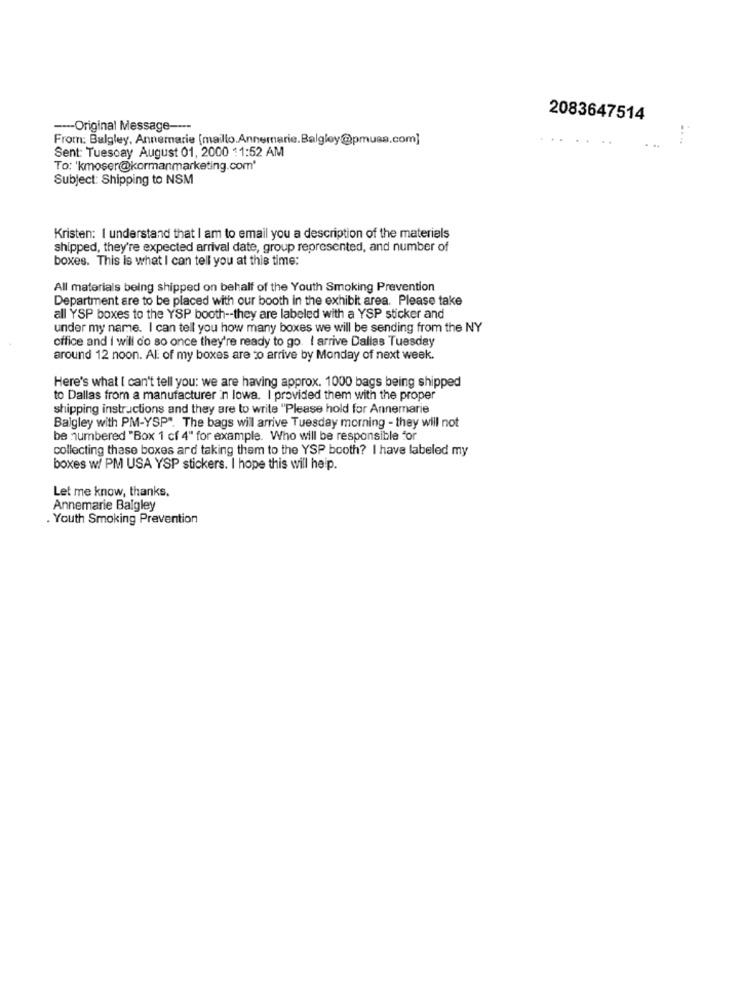
2083647514
---- Original Message ----
From: Balgley, Annemarie [mailto.Annemarie.Balgley@pmusa.com]
Sent: Tuesday August 01, 2000 $1:52 AM
To: 'kmoser@kormanmarketing.com'
Subject: Shipping to NSM
Kristen: I understand that I am to email you a description of the materials
shipped, they're expected arrival date, group represented, and number of
boxes. This Is what I can tell you at this time:
All materials being shipped on behalf of the Youth Smoking Prevention
Department are to be placed with our booth in the exhibit area. Please take
all YSP boxes to the YSP booth -- they are labeled with a YSP sticker and
under my name. I can tell you how many boxes we will be sending from the NY
office and I will do so once they're ready to go. I arrive Dallas Tuesday
around 12 noon. Al of my boxes are to arrive by Monday of next week.
Here's what I can't tell you: we are having approx. 1000 bags being shipped
to Dallas from a manufacturer in lowa. I provided them with the proper
shipping instructions and they are to write "Please hold for Annemarie
Balgley with PM-YSP". The bags will arrive Tuesday morning - they will not
be numbered "Box 1 cf 4" for example. Who will be responsible for
collecting these boxes ard taking them to the YSP booth? I have labeled my
boxes w/ PM USA YSP stickers. I hope this will help.
Let me know, thanks.
Annemarie Balgley
. Youth Smoking Prevention